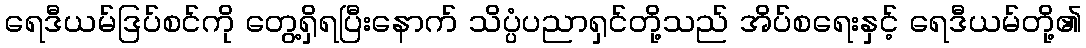
ရေဒီယမ်ဒြပ်စင်ကို တွေ့ရှိရပြီးနောက် သိပ္ပံပညာရှင်တို့သည် အိပ်စရေးနှင့် ရေဒီယမ်တို့၏